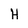
Character: H